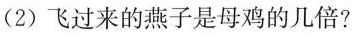
(2)飞过来的燕子是母鸡的几倍?